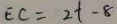
E C = 2 t - 8